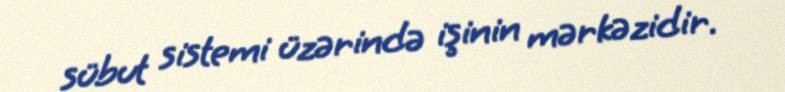
sübut sistemi üzərində işinin mərkəzidir.